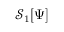
\mathcal { S } _ { 1 } [ \Psi ]